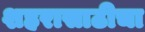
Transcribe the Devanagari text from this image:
शहरासाठीचा